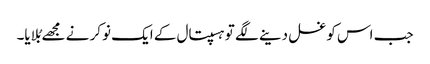
جب اس کو غسل دینے لگے تو ہسپتال کے ایک نوکر نے مجھے بُلایا۔